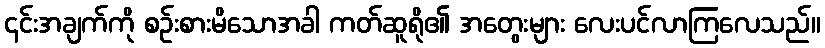
၎င်းအချက်ကို စဉ်းစားမိသောအခါ ကတ်ဆူရို၏ အတွေးများ လေးပင်လာကြလေသည်။